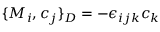
\{ M _ { i } , c _ { j } \} _ { D } = - \epsilon _ { i j k } c _ { k }